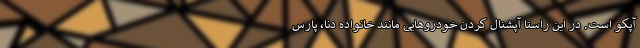
آپکو است. در این راستا آپشنال کردن خودروهایی مانند خانواده دنا، پارس